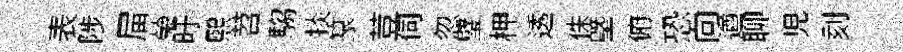
表陟屇榮旴煕苕騶掞篆荳伺忽璧柙透侏塈俯恐向遒聊児刻